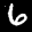
Label: 6